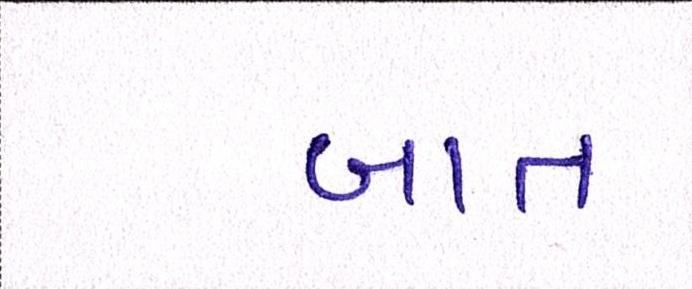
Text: બાત